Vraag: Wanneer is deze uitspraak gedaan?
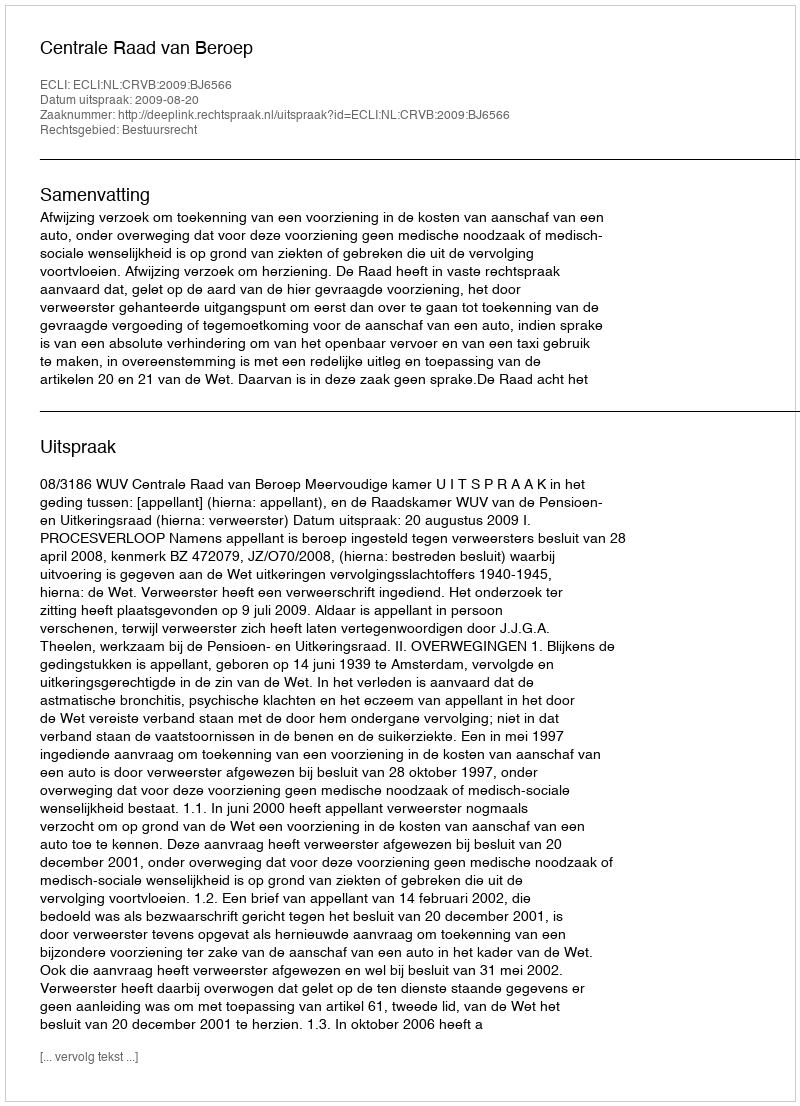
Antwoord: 2009-08-20